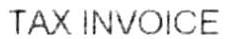
TAX INVOICE